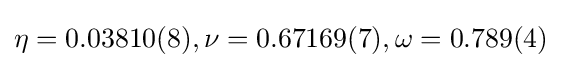
\eta =0.03810(8),\nu =0.67169(7),\omega =0.789(4)